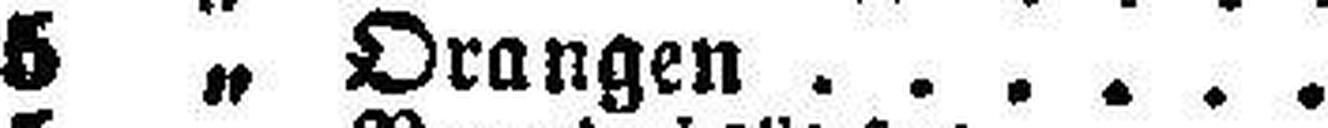
5 „ Orangen